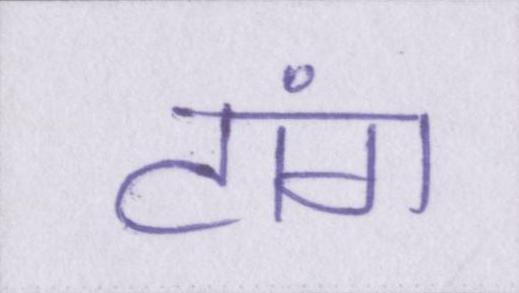
टांग